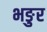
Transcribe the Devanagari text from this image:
भङुर